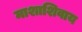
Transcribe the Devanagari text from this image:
माशाशिवाय